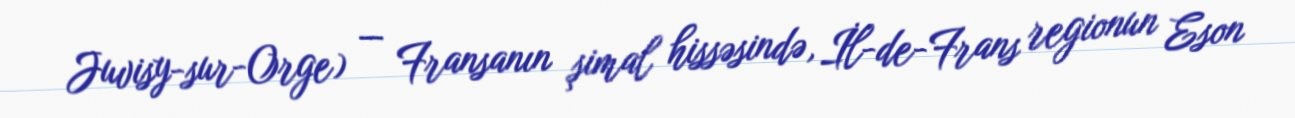
Juvisy-sur-Orge) — Fransanın şimal hissəsində, İl-de-Frans regionun Eson